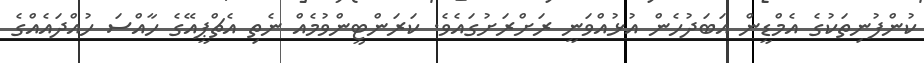
ކުންފުނިތަކުގެ އެމްޑީން އަބަދުހެން އުޅުއްވަނީ ރަށްރަށުގައެވެ. ކަރަންޓީންވުމެއް ނެތި އެޗްޕީއޭގެ ހާއްސަ ހުއްދައެއްގެ